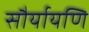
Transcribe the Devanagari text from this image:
सौर्यायणि